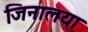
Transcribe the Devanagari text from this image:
जिनालया